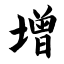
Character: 增